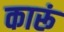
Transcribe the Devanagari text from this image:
कारूं